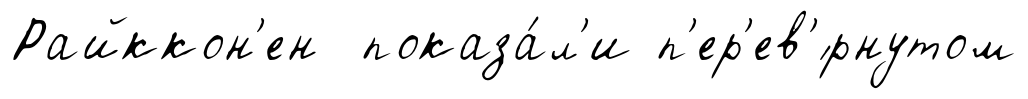
Райккон'ен показа́л'и п'ер'ев'́рнутом